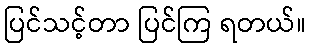
ပြင်သင့်တာ ပြင်ကြ ရတယ်။